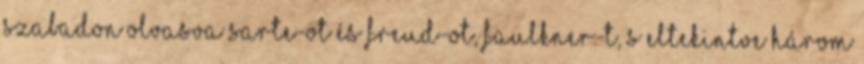
szabadon olvasva Sarte-ot és Freud-ot, Faulkner-t, s eltekintve három